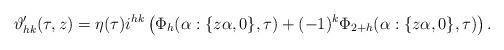
LaTeX: \begin{align*} \vartheta_{hk}' (\tau ,z)=\eta (\tau)i^{hk} \left(\Phi_{h} (\alpha : \{z\alpha ,0 \},\tau)+(-1)^{k} \Phi_{2+h}(\alpha : \{z\alpha ,0 \},\tau)\right). \end{align*}